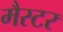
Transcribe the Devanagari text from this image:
मैस्टर